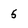
Character: 5